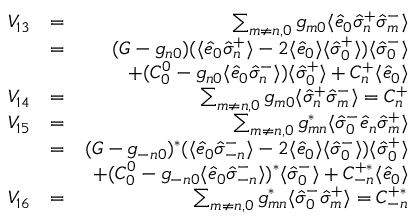
\begin{array} { r l r } { V _ { 1 3 } } & { = } & { \sum _ { m \neq n , 0 } g _ { m 0 } \langle \hat { e } _ { 0 } \hat { \sigma } _ { n } ^ { + } \hat { \sigma } _ { m } ^ { - } \rangle } \\ & { = } & { ( { \cal G } - g _ { n 0 } ) ( \langle \hat { e } _ { 0 } \hat { \sigma } _ { n } ^ { + } \rangle - 2 \langle \hat { e } _ { 0 } \rangle \langle \hat { \sigma } _ { 0 } ^ { + } \rangle ) \langle \hat { \sigma } _ { 0 } ^ { - } \rangle } \\ & { \null } & { + ( { \cal C } _ { 0 } ^ { 0 } - g _ { n 0 } \langle \hat { e } _ { 0 } \hat { \sigma } _ { n } ^ { - } \rangle ) \langle \hat { \sigma } _ { 0 } ^ { + } \rangle + { \cal C } _ { n } ^ { + } \langle \hat { e } _ { 0 } \rangle } \\ { V _ { 1 4 } } & { = } & { \sum _ { m \neq n , 0 } g _ { m 0 } \langle \hat { \sigma } _ { n } ^ { + } \hat { \sigma } _ { m } ^ { - } \rangle = { \cal C } _ { n } ^ { + } } \\ { V _ { 1 5 } } & { = } & { \sum _ { m \neq n , 0 } g _ { m n } ^ { * } \langle \hat { \sigma } _ { 0 } ^ { - } \hat { e } _ { n } \hat { \sigma } _ { m } ^ { + } \rangle } \\ & { = } & { ( { \cal G } - g _ { - n 0 } ) ^ { * } ( \langle \hat { e } _ { 0 } \hat { \sigma } _ { - n } ^ { - } \rangle - 2 \langle \hat { e } _ { 0 } \rangle \langle \hat { \sigma } _ { 0 } ^ { - } \rangle ) \langle \hat { \sigma } _ { 0 } ^ { + } \rangle } \\ & { \null } & { + ( { \cal C } _ { 0 } ^ { 0 } - g _ { - n 0 } \langle \hat { e } _ { 0 } \hat { \sigma } _ { - n } ^ { - } \rangle ) ^ { * } \langle \hat { \sigma } _ { 0 } ^ { - } \rangle + { \cal C } _ { - n } ^ { + * } \langle \hat { e } _ { 0 } \rangle } \\ { V _ { 1 6 } } & { = } & { \sum _ { m \neq n , 0 } g _ { m n } ^ { * } \langle \hat { \sigma } _ { 0 } ^ { - } \hat { \sigma } _ { m } ^ { + } \rangle = { \cal C } _ { - n } ^ { + * } } \end{array}